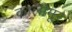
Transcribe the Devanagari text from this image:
कालीमूर